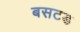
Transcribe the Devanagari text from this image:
बसटड